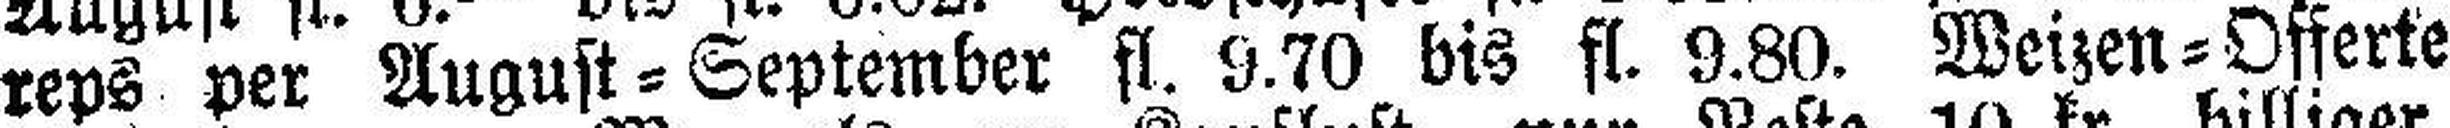
reps per Augus=September fl. 9.70 bis fl. 9.80. Weizen=Offerte